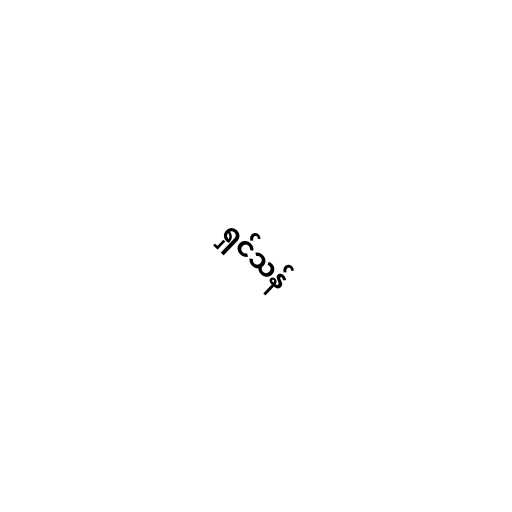
ရှင်သန်